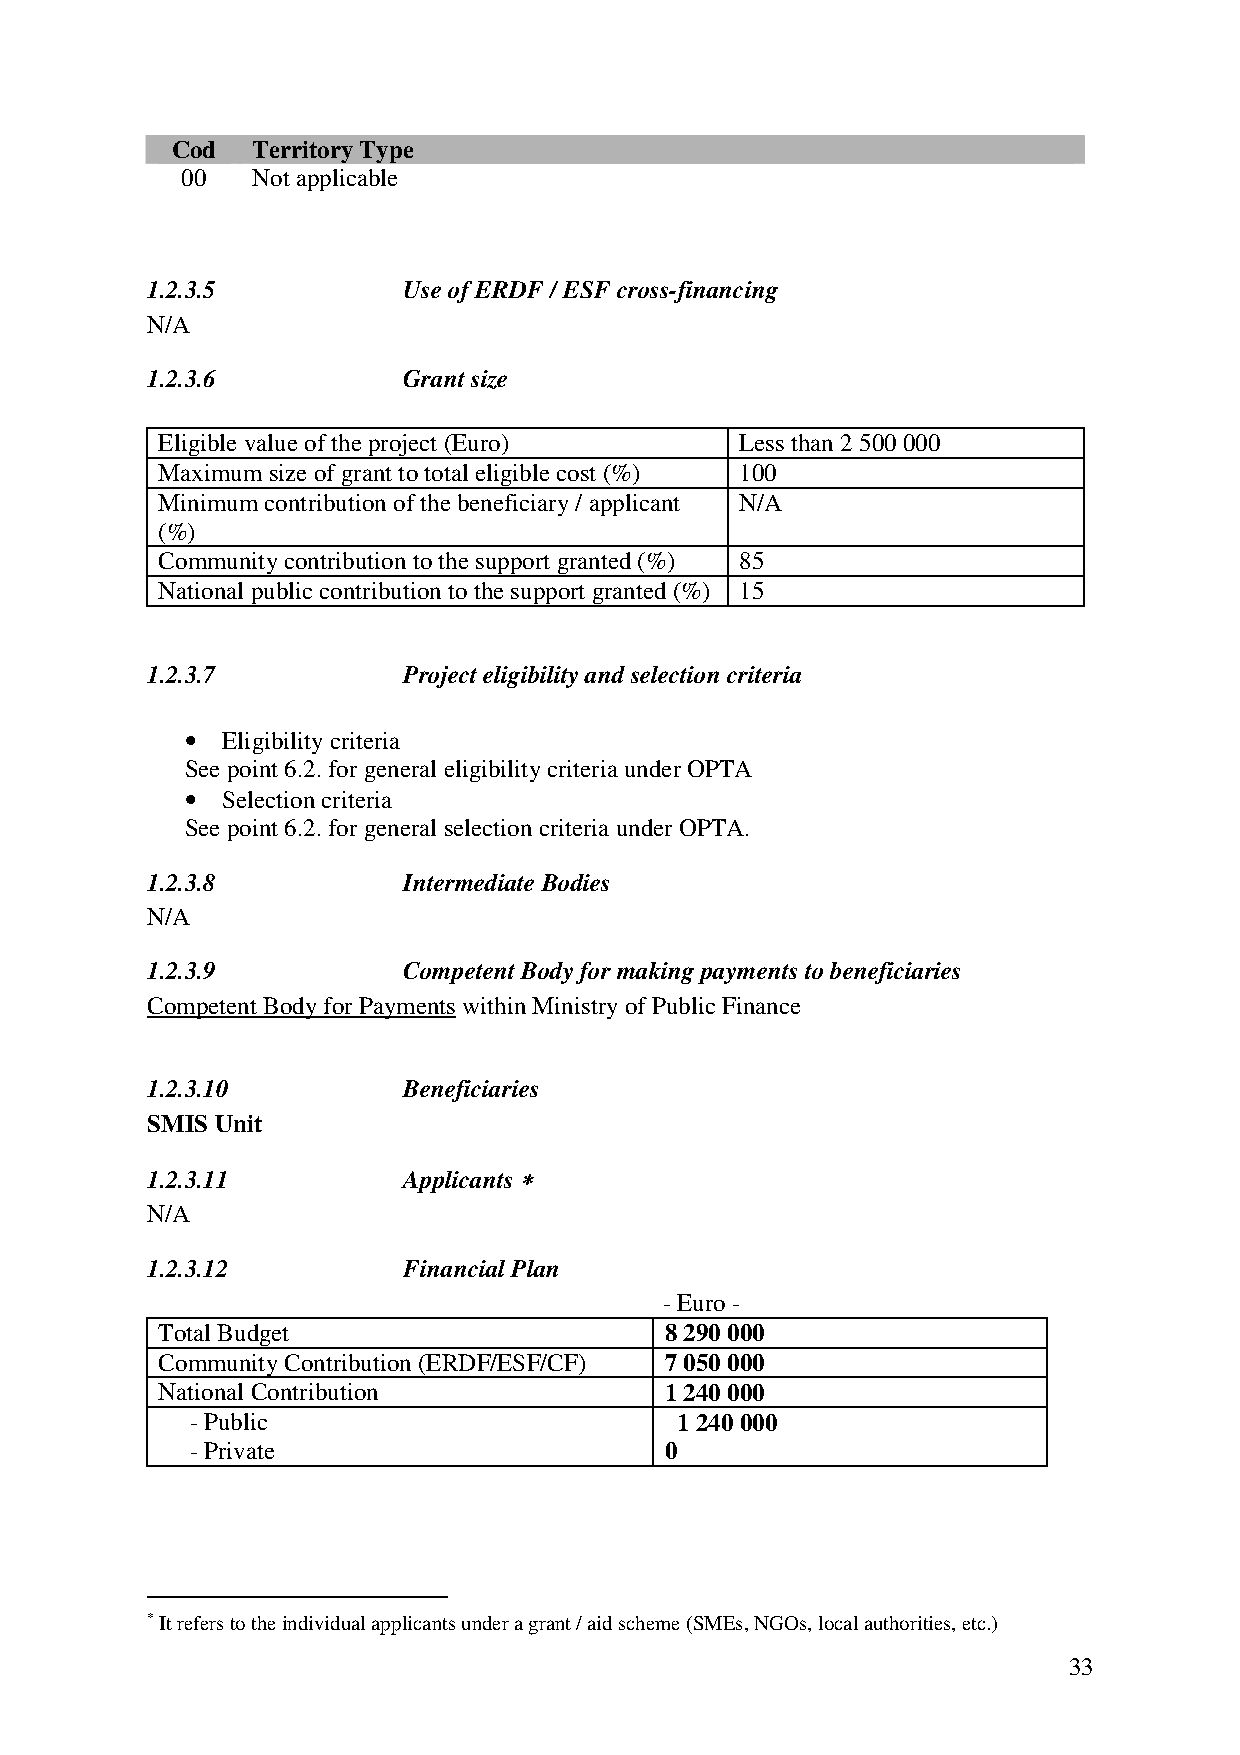
Cod   Territory Type
 00   Not applicable
 1.2.3.5          Use of ERDF / ESF cross-financing
 N/A
 1.2.3.6          Grant size
 Eligible value of the project (Euro)   Less than 2 500 000
 Maximum size of grant to total eligible cost (%) 100
 Minimum contribution of the beneficiary / applicant N/A
 (%)
 Community contribution to the support granted (%) 85
 National public contribution to the support granted (%) 15
 1.2.3.7          Project eligibility and selection criteria
 •  Eligibility criteria
 See point 6.2. for general eligibility criteria under OPTA
 •  Selection criteria
 See point 6.2. for general selection criteria under OPTA.
 1.2.3.8          Intermediate Bodies
 N/A
 1.2.3.9          Competent Body for making payments to beneficiaries
 Competent Body for Payments within Ministry of Public Finance
 1.2.3.10         Beneficiaries
 SMIS Unit
 1.2.3.11         Applicants ****
 N/A
 1.2.3.12         Financial Plan
 - Euro -
 Total Budget                      8 290 000
 Community Contribution (ERDF/ESF/CF) 7 050 000
 National Contribution             1 240 000
 - Public                        1 240 000
 - Private                      0
 * It refers to the individual applicants under a grant / aid scheme (SMEs, NGOs, local authorities, etc.)
 33